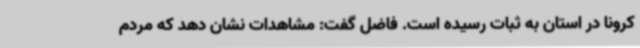
کرونا در استان به ثبات رسیده است. فاضل گفت: مشاهدات نشان دهد که مردم